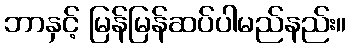
ဘာနှင့် မြန်မြန်ဆပ်ပါမည်နည်း။